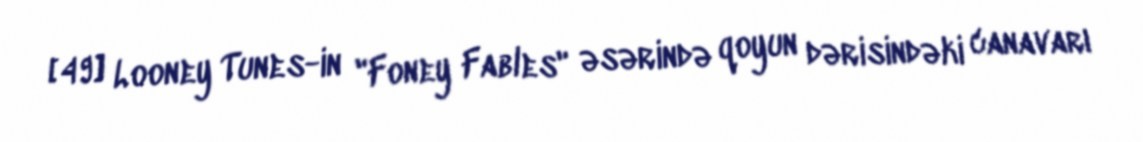
[49] Looney Tunes-in "Foney Fables" əsərində qoyun dərisindəki canavarı